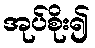
အုပ်စိုး၍